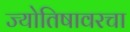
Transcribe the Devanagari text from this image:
ज्योतिषावरचा